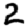
Digit: 2